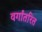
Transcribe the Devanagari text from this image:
वर्गांतरित